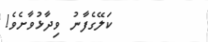
ކަލޭގެފާނު ވިދާޅުވާށެވެ!